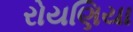
રોયણિયા